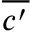
\overline { { c ^ { \prime } } }